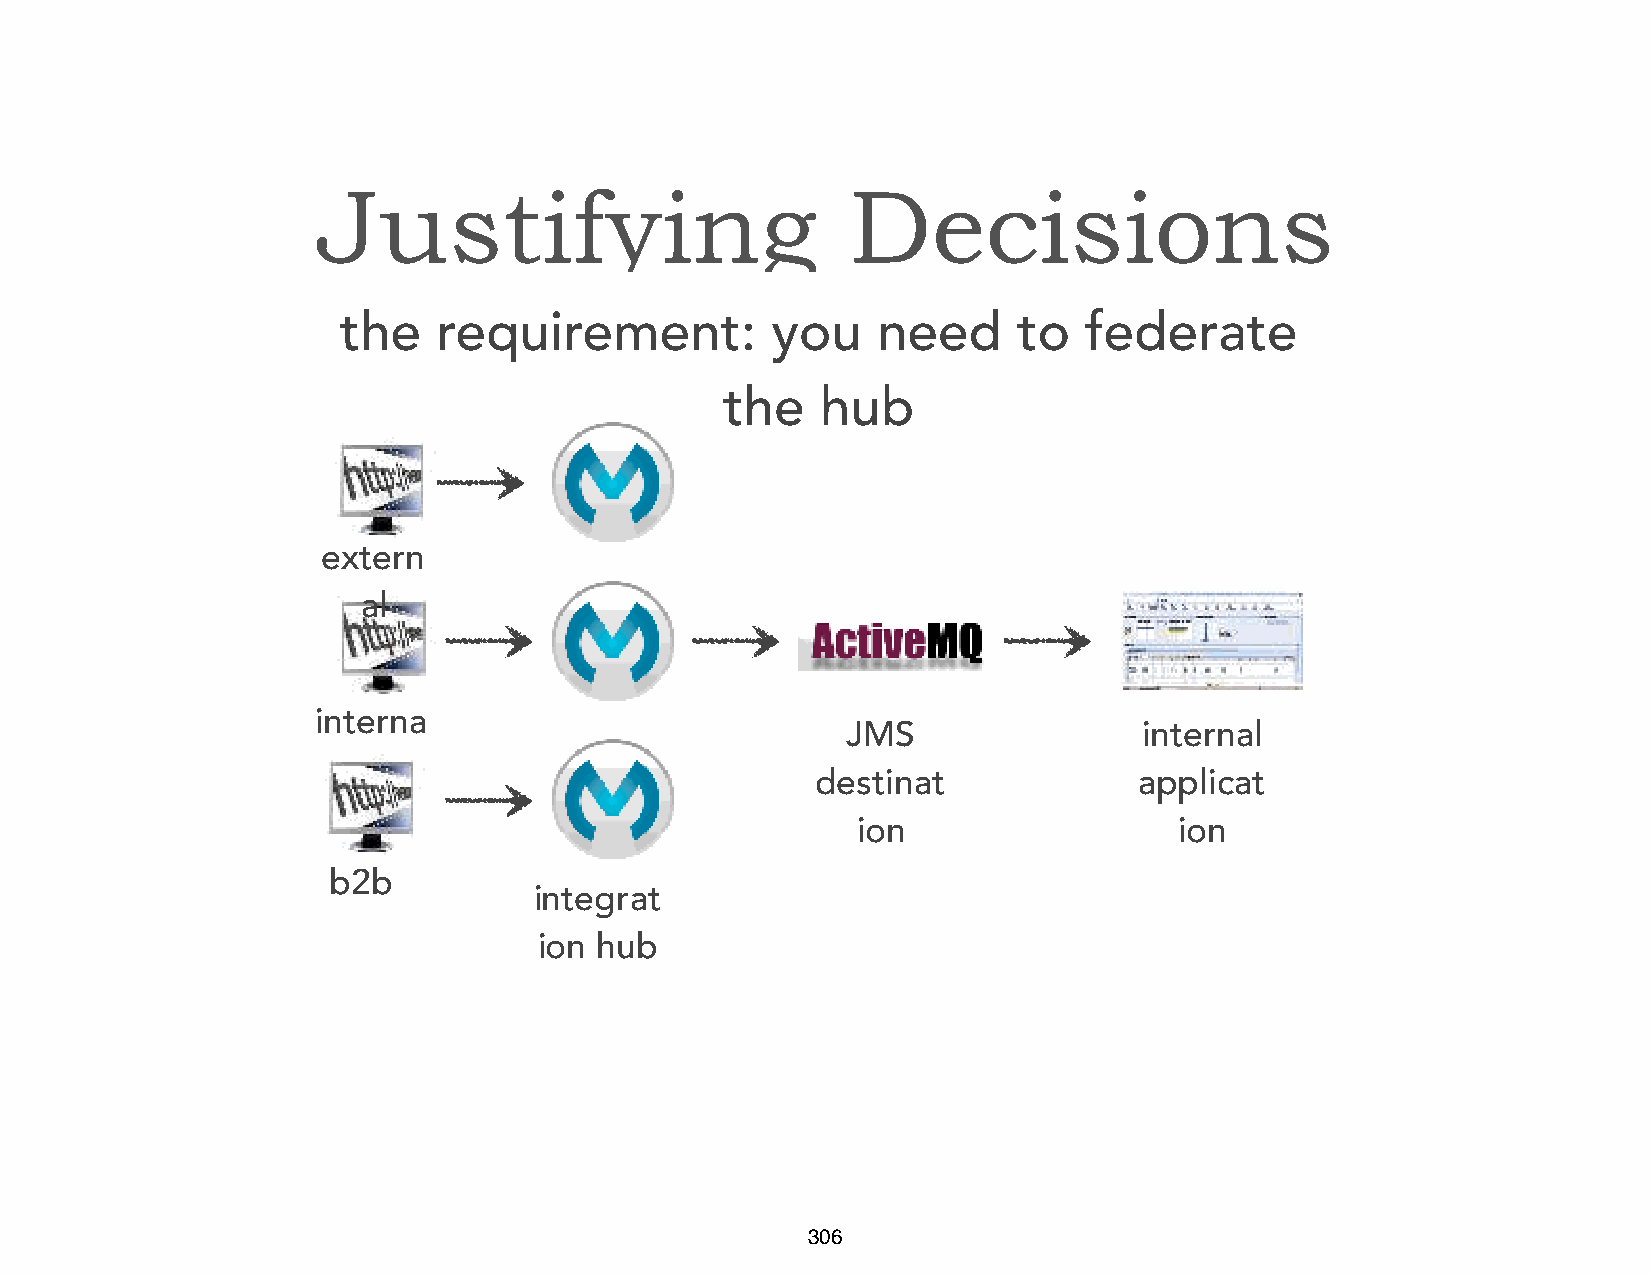
Justifying                         Decisions
 the    requirement:          you    need     to   federate
 the   hub
 extern
 al
 interna
 JMS                 internal
 l
 destinat             applicat
 ion                  ion
 b2b
 integrat
 ion hub
 306